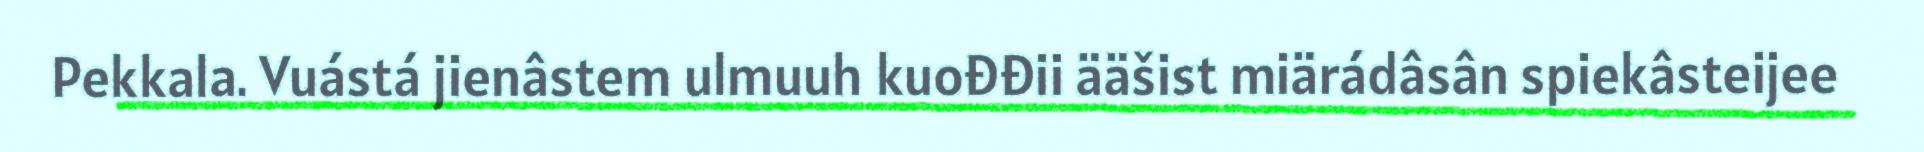
Pekkala. Vuástá jienâstem ulmuuh kuođđii ääšist miärádâsân spiekâsteijee